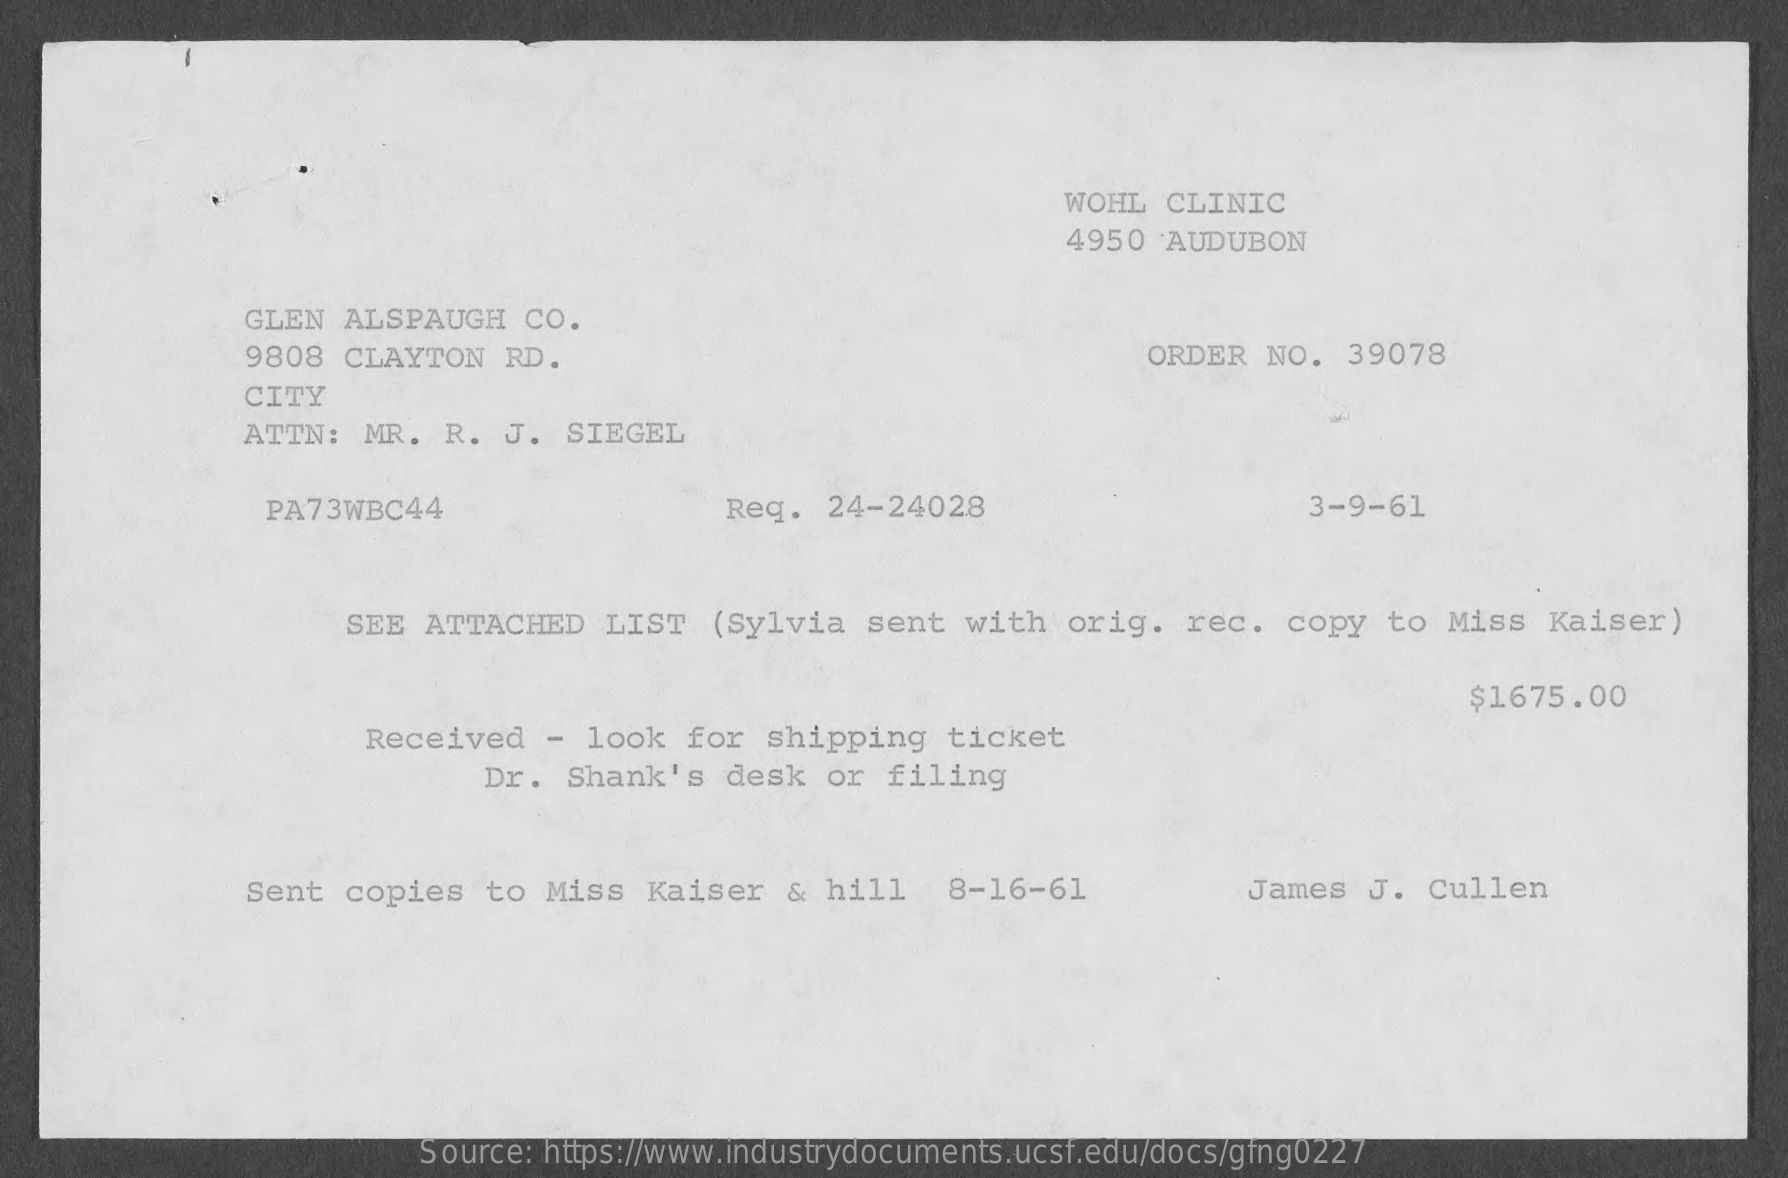
WOHL  CLINIC
     4950  AUDUBON
     GLEN  ALSPAUGH   CO.
     9808  CLAYTON   RD.    ORDER  NO.  39078
     CITY
     ATTN:   MR.  R.  J.  SIEGEL
     PA73WBC44    Req.   24-24028    3-9-61
     SEE ATTACHED    LIST   (Sylvia  sent  with   orig.  rec.  copy   to Miss   Kaiser)
     $1675.00
     Received   -  look  for  shipping   ticket
     Dr.  Shank's   desk   or  filing
     Sent  copies  to  Miss  Kaiser   &  hill   8-16-61    James  J.  Cullen
     Source: https://www.industrydocuments.ucsf.edu/docs/gfng0227